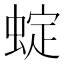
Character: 蝊